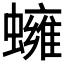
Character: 𧒱